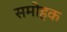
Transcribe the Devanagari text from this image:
समोहक